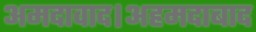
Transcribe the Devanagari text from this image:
अमदावाद।अहमदाबाद